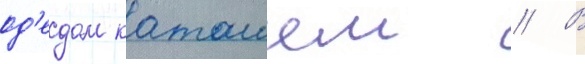
од'едом каташем // В